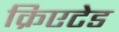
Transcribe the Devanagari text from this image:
क्रिएटेड